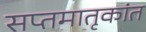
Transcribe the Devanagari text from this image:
सप्तमातृकांत